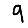
Digit: 9